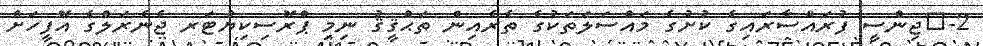
2-	ޖިންސީ ފުރައްސާރައިގެ ކުށުގެ މައްސަލަތަކުގެ ތެރެއިން ތަޙްޤީޤު ނިމި ޕްރޮސިކިޔުޓަރ ޖެނެރަލްގެ އޮފީހަށް